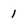
Character: 1